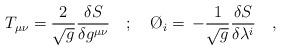
LaTeX: \begin{align*}T_{\mu\nu} = \frac{2}{\sqrt{g}}\frac{\delta S}{\delta g^{\mu\nu}}\quad;\quad \O_i = \, - \frac{1}{\sqrt{g}}\frac{\delta S}{\delta\lambda^i}\quad ,\end{align*}